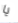
يا